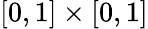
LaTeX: [0,1]\times[0,1]